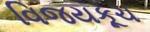
વિજયકૂચ